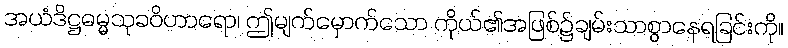
အယံဒိဋ္ဌဓမ္မသုခဝိဟာရော၊ ဤမျက်မှောက်သော ကိုယ်၏အဖြစ်၌ချမ်းသာစွာနေရခြင်းကို။